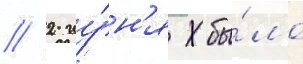
// 2 иу́н'я бы́ло